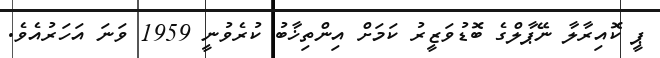
ޕީ ކޮއިރާލާ ނޭޕާލްގެ ބޮޑުވަޒީރު ކަމަށް އިންތިޚާބު ކުރެވުނީ 1959 ވަނަ އަހަރުއެވެ.